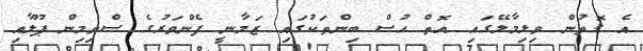
އެ ގޮތުން ވިލިމާލޭގައި އޮތް ހުސް ބިންތަކުގައި ޒަމާނީ ފެންވަރުގެ ސްވިމިން ޕޫލާއި